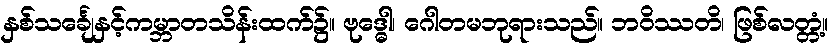
နှစ်သင်္ချေနှင့်ကမ္ဘာတသိန်းထက်၌။ ဗုဒ္ဓေါ၊ ဂေါတမဘုရားသည်။ ဘဝိဿတိ၊ ဖြစ်လတ္တံ့။